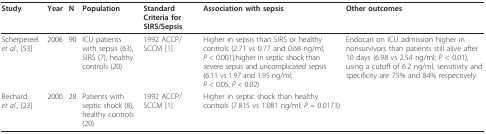
<table><thead><tr><td><b>Study</b></td><td><b>Year</b></td><td><b>N</b></td><td><b>Population</b></td><td><b>Standard Criteria for SIRS/Sepsis</b></td><td><b>Association with sepsis</b></td><td><b>Other outcomes</b></td></tr></thead><tbody><tr><td>Scherpereel <i>et al</i>., [53]</td><td>2006</td><td>90</td><td>ICU patients with sepsis (63), SIRS (7), healthy controls (20)</td><td>1992 ACCP/SCCM [1]</td><td>Higher in sepsis than SIRS or healthy controls (2.71 vs 0.77 and 0.68 ng/ml; <i>P </i>&lt; 0.001);higher in septic shock than severe sepsis and uncomplicated sepsis (6.11 vs 1.97 and 1.95 ng/ml; <i>P </i>&lt; 0.05, <i>P </i>&lt; 0.02)</td><td>Endocan on ICU admission higher in nonsurvivors than patients still alive after 10 days (6.98 vs 2.54 ng/ml; <i>P </i>&lt; 0.01), using a cutoff of 6.2 ng/ml, sensitivity and specificity are 75% and 84% respectively.</td></tr><tr><td>Bechard <i>et al</i>., [23]</td><td>2000</td><td>28</td><td>Patients with septic shock (8), healthy controls (20)</td><td>1992 ACCP/SCCM [1]</td><td>Higher in septic shock than healthy controls (7.815 vs 1.081 ng/ml; <i>P </i>= 0.0173)</td><td></td></tr></tbody></table>